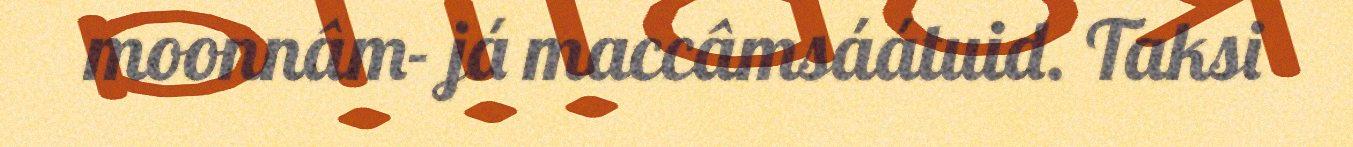
moonnâm- já maccâmsáátuid. Taksi